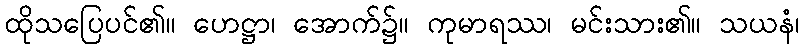
ထိုသပြေပင်၏။ ဟေဋ္ဌာ၊ အောက်၌။ ကုမာရဿ၊ မင်းသား၏။ သယနံ၊